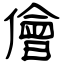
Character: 儈